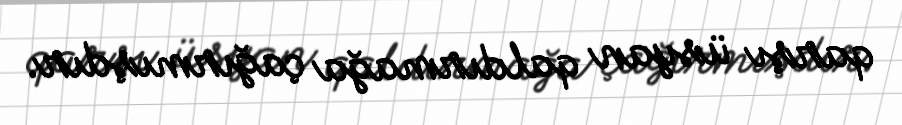
qarşı üsyan qaldırmağa çağırmışdır.